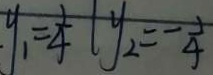
y _ { 1 } = \frac { 1 } { 4 } y _ { 2 } = - \frac { 1 } { 4 }